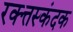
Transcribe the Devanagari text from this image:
रक्त्तस्कंदक